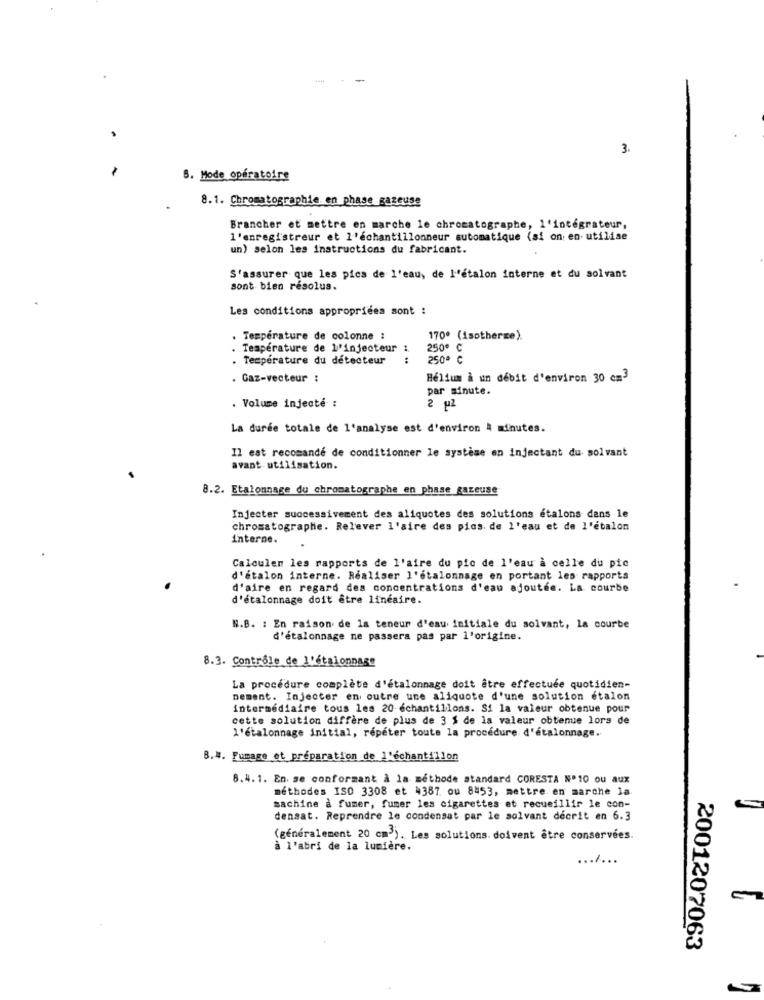
3.
8. Mode opératoire
8.1. Chromatographie en phase gazeuse
Brancher et mettre en marche le chromatographe, 1'intégrateur,
l'enregistreur et l'échantillonneur automatique (si on; en- utilise
un) selon les instructions du fabricant.
S'assurer que les pica de l'eau, de l'étalon interne et du solvant
sont bien resolus.
Les conditions appropriées sont :
Temperature de colonne :
170º (isotherme).
Temperature de l'injecteur :
250
Temperature du detecteur
.. ..
250
. Gaz-vecteur :
Helium a un débit d'environ 30 cm3
par minute.
. Volume injecté :
2 ul
La durée totale de l'analyse est d'environ 4 minutes.
Il est recomandé de conditionner le système en injectant du solvant
avant utilisation.
8.2. Etalonnage du chromatographe en phase gazeuse
Injecter successivement des aliquotes des solutions étalons dans le
chromatographie. Relever l'aire des pics. de l'eau et de l'étalon
interne.
Calculer les rapports de l'aire du pic de l'eau à celle du pic
d'atalon interne. Realiser l'etalonnage en portant les rapports
d'aire en regard des concentrations d'eau ajoutée. La courbe
d'étalonnage doit être lineaire.
N.B. : En raison de la teneur d'eau initiale du solvant, la courbe
d'étalonnage ne passera pas par l'origine.
8.3. Contrôle de l'étalonnage
La procédure complète d'étalonnage doit être effectuée quotidien-
nement. Injecter en outre une aliquote d'une solution étalon
intermédiaire tous les 20 échantillons. Si la valeur obtenue pour
cette solution diffère de plus de 3 $ de la valeur obtenue lors de
l'étalonnage initial, répéter toute la procédure. d'étalonnage.
B.4. Fumage et préparation de l'échantillon
8.4.1. En. se conformant à la méthode standard CORESTA Nº 10 ou aux
méthodes ISO 3308 et 4387 ou 8453, mettre en marche la.
machine à fumer, fumer les cigarettes et recueillir le con-
densat. Reprendre le condensat par le solvant décrit en 6.3
(généralement 20 cm3). Les solutions doivent être conservées.
à l'abri de la lumière.
.......
2001207063